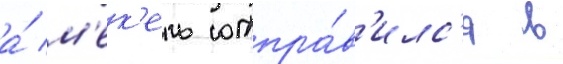
а́ м'ек'ель отпра́в'илс'я в